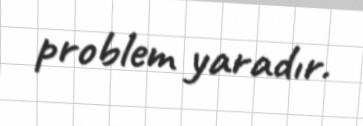
problem yaradır.